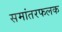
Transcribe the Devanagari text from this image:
समांतरफलक